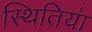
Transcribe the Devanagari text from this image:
स्थितिया॑